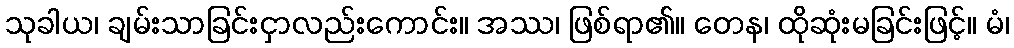
သုခါယ၊ ချမ်းသာခြင်းငှာလည်းကောင်း။ အဿ၊ ဖြစ်ရာ၏။ တေန၊ ထိုဆုံးမခြင်းဖြင့်။ မံ၊